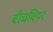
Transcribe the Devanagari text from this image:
बीचवियर